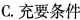
C.充要条件